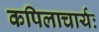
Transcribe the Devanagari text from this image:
कपिलाचार्यः